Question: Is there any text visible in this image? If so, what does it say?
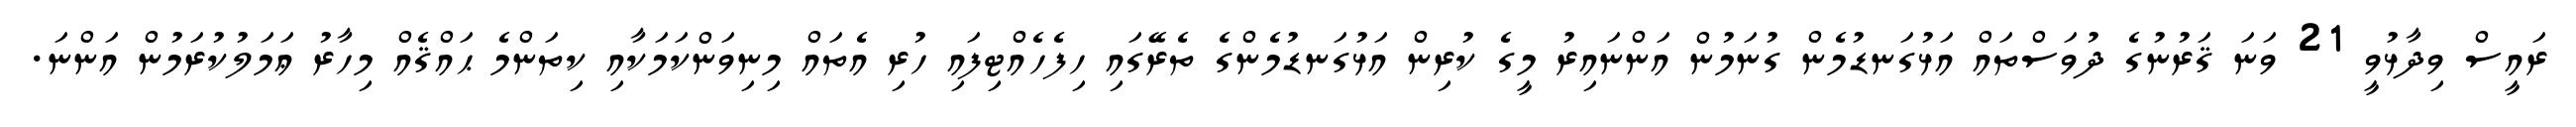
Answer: ރައީސް ވިދާޅުވީ 21 ވަނަ ޤަރުނުގެ ދުވަސްތައް އަޅުގަނޑުމެން ގުނަމުން އަންނައިރު މީގެ ކުރިން އަޅުގަނޑުމެންގެ ތެރޭގައި ހިފެހެއްޓިފައި ހުރި އެތައް މިނިވަންކަމަކާއި ކިތަންމެ ޙައްޤެއް މިހާރު ޢަމަލުކުރަމުން އަންނަ.